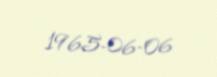
1965-06-06